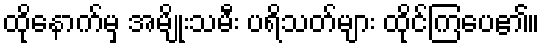
ထိုနောက်မှ အမျိုးသမီး ပရိသတ်များ ထိုင်ကြပေ၏။